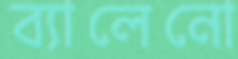
ব্যালেনো